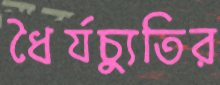
ধৈর্যচ্যুতির